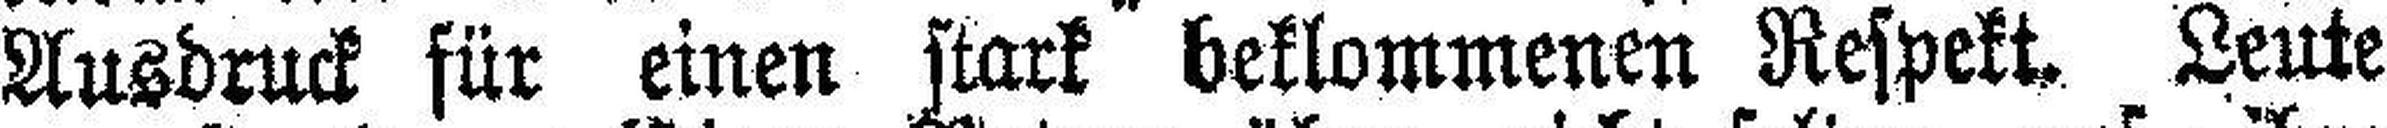
Ausdruck für einen stark beklommenen Respekt. Leute